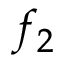
f _ { 2 }